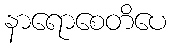
နာရောစေတိပေ